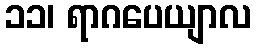
၁၁၊ ရာဂပေယျာလ